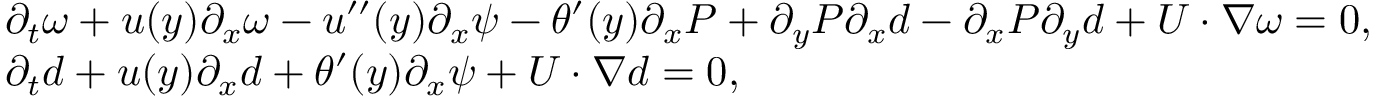
\begin{array} { r l } & { \partial _ { t } \omega + u ( y ) \partial _ { x } \omega - u ^ { \prime \prime } ( y ) \partial _ { x } \psi - \theta ^ { \prime } ( y ) \partial _ { x } P + \partial _ { y } P \partial _ { x } d - \partial _ { x } P \partial _ { y } d + U \cdot \nabla \omega = 0 , } \\ & { \partial _ { t } d + u ( y ) \partial _ { x } d + \theta ^ { \prime } ( y ) \partial _ { x } \psi + U \cdot \nabla d = 0 , } \end{array}